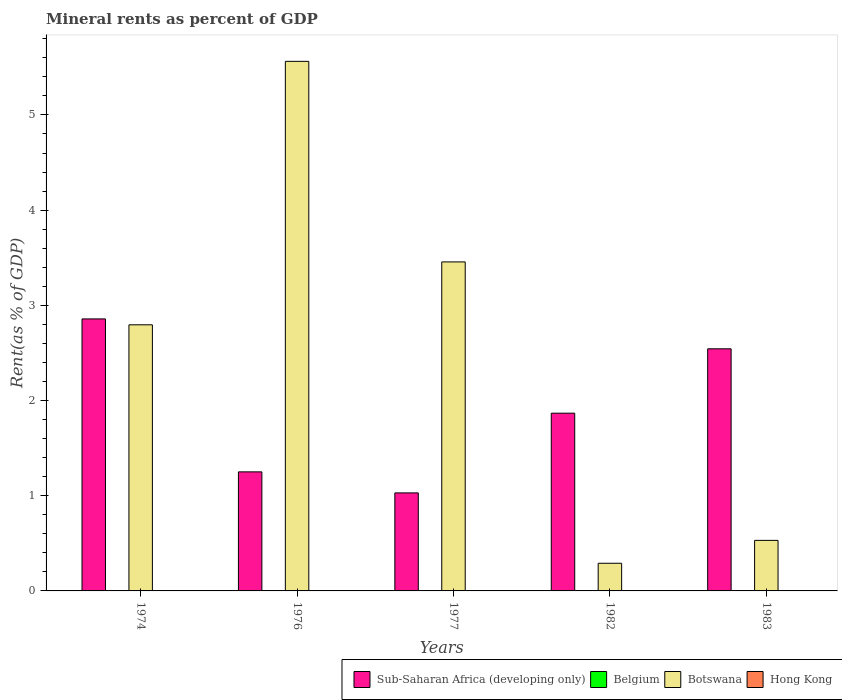
| Years | Sub-Saharan Africa (developing only) | Belgium | Botswana | Hong Kong |
 | --- | --- | --- | --- | --- |
 | 1974 | 2.86 | 0.00283 | 2.8 | 0.000401 |
 | 1976 | 1.25 | 0.00338 | 5.56 | 0.0012 |
 | 1977 | 1.03 | 0.00155 | 3.46 | 0.000791 |
 | 1982 | 1.87 | 5.16e-05 | 0.291 | 0.000563 |
 | 1983 | 2.54 | 2.29e-05 | 0.531 | 0.000442 |